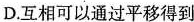
D.互相可以通过平移得到